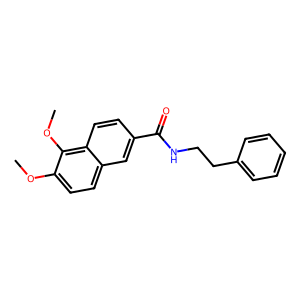
SMILES: COc1ccc2cc(C(=O)NCCc3ccccc3)ccc2c1OC
Inhibits HIV replication: No